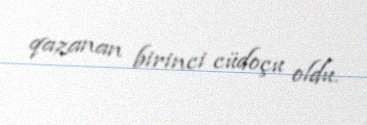
qazanan birinci cüdoçu oldu.